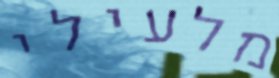
מלעילי